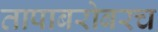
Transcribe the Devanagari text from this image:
तापाबरोबरच